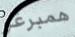
همبرغر